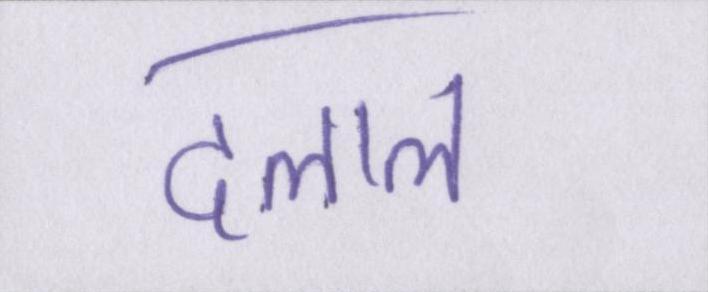
दलाल